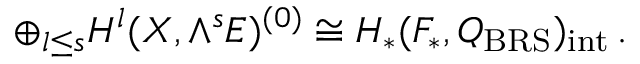
\oplus _ { l \le s } { \cal H } ^ { l } ( X , \wedge ^ { s } E ) ^ { ( 0 ) } \cong H _ { * } ( { \cal F } _ { * } , Q _ { \mathrm { B R S } } ) _ { \mathrm { i n t } } \, .